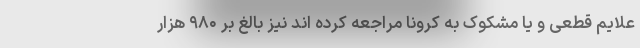
علایم قطعی و یا مشکوک به کرونا مراجعه کرده اند نیز بالغ بر ۹۸۰ هزار